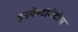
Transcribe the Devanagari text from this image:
इनवेस्टीमेंटोस